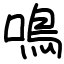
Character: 鳴